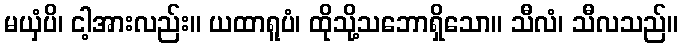
မယှံပိ၊ ငါ့အားလည်း။ ယထာရူပံ၊ ထိုသို့သဘောရှိသော။ သီလံ၊ သီလသည်။